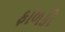
ફાળકો